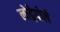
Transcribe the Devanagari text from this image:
लोद्गेपोले